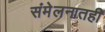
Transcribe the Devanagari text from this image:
संमेलनातही